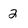
Character: 2